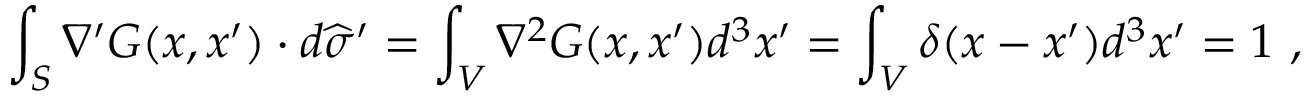
\int _ { S } \nabla ^ { \prime } G ( x , x ^ { \prime } ) \cdot d { \widehat { \sigma } } ^ { \prime } = \int _ { V } \nabla ^ { 2 } G ( x , x ^ { \prime } ) d ^ { 3 } x ^ { \prime } = \int _ { V } \delta ( x - x ^ { \prime } ) d ^ { 3 } x ^ { \prime } = 1 ~ ,